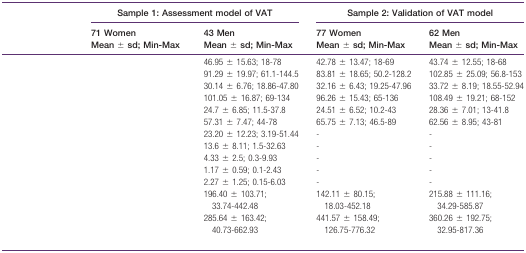
<table><thead><tr><td>[EMPTY_CELL]</td><td colspan="2"><b>Sample 1: Assessment model of VAT</b></td><td colspan="2"><b>Sample 2: Validation of VAT model</b></td></tr><tr><td>[EMPTY_CELL]</td><td><b>71 Women</b></td><td><b>43 Men</b></td><td><b>77 Women</b></td><td><b>62 Men</b></td></tr><tr><td>[EMPTY_CELL]</td><td><b>Mean ± sd; Min-Max</b></td><td><b>Mean ± sd; Min-Max</b></td><td><b>Mean ± sd; Min-Max</b></td><td><b>Mean ± sd; Min-Max</b></td></tr></thead><tbody><tr><td>[EMPTY_CELL]</td><td>[EMPTY_CELL]</td><td>46.95 ± 15.63; 18-78</td><td>42.78 ± 13.47; 18-69</td><td>43.74 ± 12.55; 18-68</td></tr><tr><td>[EMPTY_CELL]</td><td>[EMPTY_CELL]</td><td>91.29 ± 19.97; 61.1-144.5</td><td>83.81 ± 18.65; 50.2-128.2</td><td>102.85 ± 25.09; 56.8-153</td></tr><tr><td>[EMPTY_CELL]</td><td>[EMPTY_CELL]</td><td>30.14 ± 6.76; 18.86-47.80</td><td>32.16 ± 6.43; 19.25-47.96</td><td>33.72 ± 8.19; 18.55-52.94</td></tr><tr><td>[EMPTY_CELL]</td><td>[EMPTY_CELL]</td><td>101.05 ± 16.87; 69-134</td><td>96.26 ± 15.43; 65-136</td><td>108.49 ± 19.21; 68-152</td></tr><tr><td>[EMPTY_CELL]</td><td>[EMPTY_CELL]</td><td>24.7 ± 6.85; 11.5-37.8</td><td>24.51 ± 6.52; 10.2-43</td><td>28.36 ± 7.01; 13-41.8</td></tr><tr><td>[EMPTY_CELL]</td><td>[EMPTY_CELL]</td><td>57.31 ± 7.47; 44-78</td><td>65.75 ± 7.13; 46.5-89</td><td>62.56 ± 8.95; 43-81</td></tr><tr><td>[EMPTY_CELL]</td><td>[EMPTY_CELL]</td><td>23.20 ± 12.23; 3.19-51.44</td><td>-</td><td>-</td></tr><tr><td>[EMPTY_CELL]</td><td>[EMPTY_CELL]</td><td>13.6 ± 8.11; 1.5-32.63</td><td>-</td><td>-</td></tr><tr><td>[EMPTY_CELL]</td><td>[EMPTY_CELL]</td><td>4.33 ± 2.5; 0.3-9.93</td><td>-</td><td>-</td></tr><tr><td>[EMPTY_CELL]</td><td>[EMPTY_CELL]</td><td>1.17 ± 0.59; 0.1-2.43</td><td>-</td><td>-</td></tr><tr><td>[EMPTY_CELL]</td><td>[EMPTY_CELL]</td><td>2.27 ± 1.25; 0.15-6.03</td><td>-</td><td>-</td></tr><tr><td>[EMPTY_CELL]</td><td>[EMPTY_CELL]</td><td>196.40 ± 103.71; 33.74-442.48</td><td>142.11 ± 80.15; 18.03-452.18</td><td>215.88 ± 111.16; 34.29-585.87</td></tr><tr><td>[EMPTY_CELL]</td><td>[EMPTY_CELL]</td><td>285.64 ± 163.42; 40.73-662.93</td><td>441.57 ± 158.49; 126.75-776.32</td><td>360.26 ± 192.75; 32.95-817.36</td></tr></tbody></table>